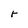
Character: r